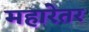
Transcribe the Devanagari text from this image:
महारेतर